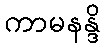
ကာမနန္ဒိ